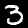
Label: 3